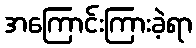
အကြောင်းကြားခဲ့ရာ